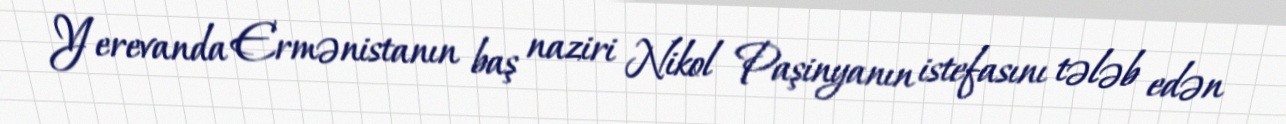
Yerevanda Ermənistanın baş naziri Nikol Paşinyanın istefasını tələb edən